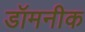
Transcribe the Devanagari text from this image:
डॉमनीक